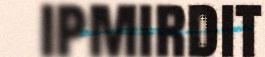
ipmirdit